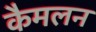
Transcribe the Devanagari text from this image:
कैमलन